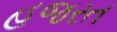
હજરત